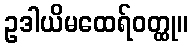
ဥဒါယိမထေရ်ဝတ္ထု။